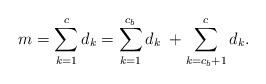
LaTeX: \begin{align*}m = \sum_{k=1}^{c} d_k = \sum_{k=1}^{c_b} d_k \; + \sum_{k=c_b +1}^{c} d_k.\end{align*}